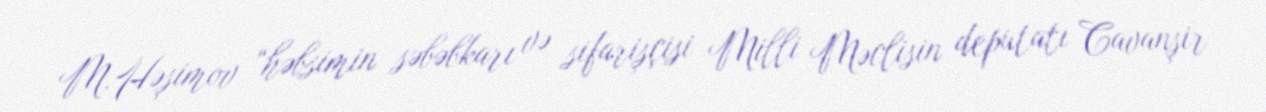
M.Həşimov “həbsimin səbəbkarı və sifarişçisi Milli Məclisin deputatı Cavanşir